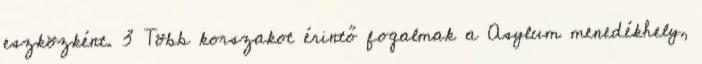
eszközként. 3 Több korszakot érintő fogalmak a Asylum menedékhely,